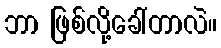
ဘာ ဖြစ်လို့ခေါ်တာလဲ။